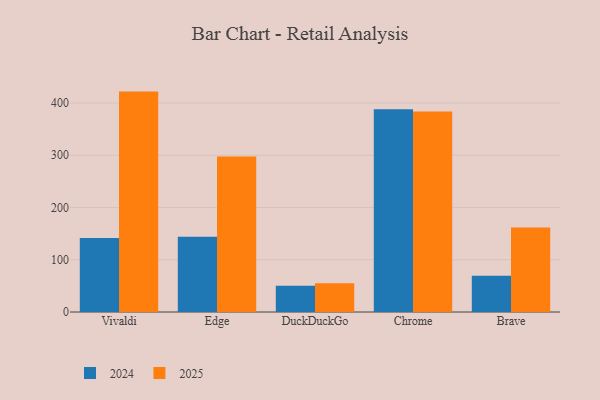
{"axis": {"x": "Browser", "y": "Churn Rate (%)"}, "legend": ["2024", "2025"], "data": [{"x": "Vivaldi", "y": 141.8, "type": "2024"}, {"x": "Vivaldi", "y": 421.8, "type": "2025"}, {"x": "Edge", "y": 144.0, "type": "2024"}, {"x": "Edge", "y": 297.5, "type": "2025"}, {"x": "DuckDuckGo", "y": 50.1, "type": "2024"}, {"x": "DuckDuckGo", "y": 55.2, "type": "2025"}, {"x": "Chrome", "y": 388.1, "type": "2024"}, {"x": "Chrome", "y": 383.9, "type": "2025"}, {"x": "Brave", "y": 69.5, "type": "2024"}, {"x": "Brave", "y": 161.9, "type": "2025"}]}